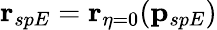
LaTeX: \mathbf{r}_{spE}=\mathbf{r}_{\eta=0}(\mathbf{p}_{spE})